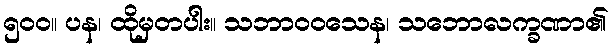
၅၀၀။ ပန၊ ထိုမှတပါး။ သဘာဝဝသေန၊ သဘောလက္ခဏာ၏